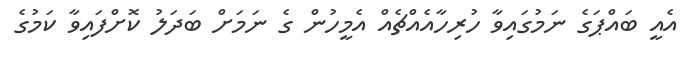
އެއީ ބައްޕަގެ ނަމުގައިވާ ހުރިހާއެއްޗެއް އެމީހުން ގެ ނަމަށް ބަދަލު ކޮށްފައިވާ ކަމުގެ